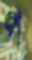
প